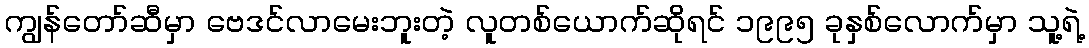
ကျွန်တော်ဆီမှာ ဗေဒင်လာမေးဘူးတဲ့ လူတစ်ယောက်ဆိုရင် ၁၉၉၅ ခုနှစ်လောက်မှာ သူ့ရဲ့